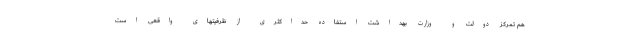
هم تمرکز دولت و وزارت بهداشت استفاده حداکثری از ظرفیتهای واقعی است